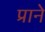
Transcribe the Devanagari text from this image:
प्राने